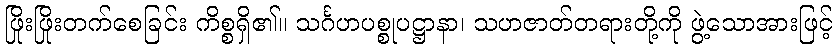
ဖြိုးဖြိုးတက်စေခြင်း ကိစ္စရှိ၏။ သင်္ဂဟပစ္စုပဋ္ဌာနာ၊ သဟဇာတ်တရားတို့ကို ဖွဲ့သောအားဖြင့်